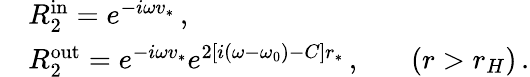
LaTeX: \begin{array}{ll}{{}}&{{R_{2}^{\mathrm{in}}=e^{-i\omega v_{*}}\, ,}}\\ {{}}&{{R_{2}^{\mathrm{out}}=e^{-i\omega v_{*}}e^{2[i(\omega-\omega_{0})-C]r_{*}}\, ,~~~~~~~(r>r_{H})\, .}}\end{array}